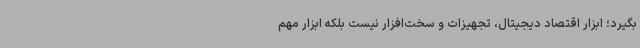
بگیرد؛ ابزار اقتصاد دیجیتال، تجهیزات و سخت‌افزار نیست بلکه ابزار مهم